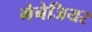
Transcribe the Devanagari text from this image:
मेनेजियर